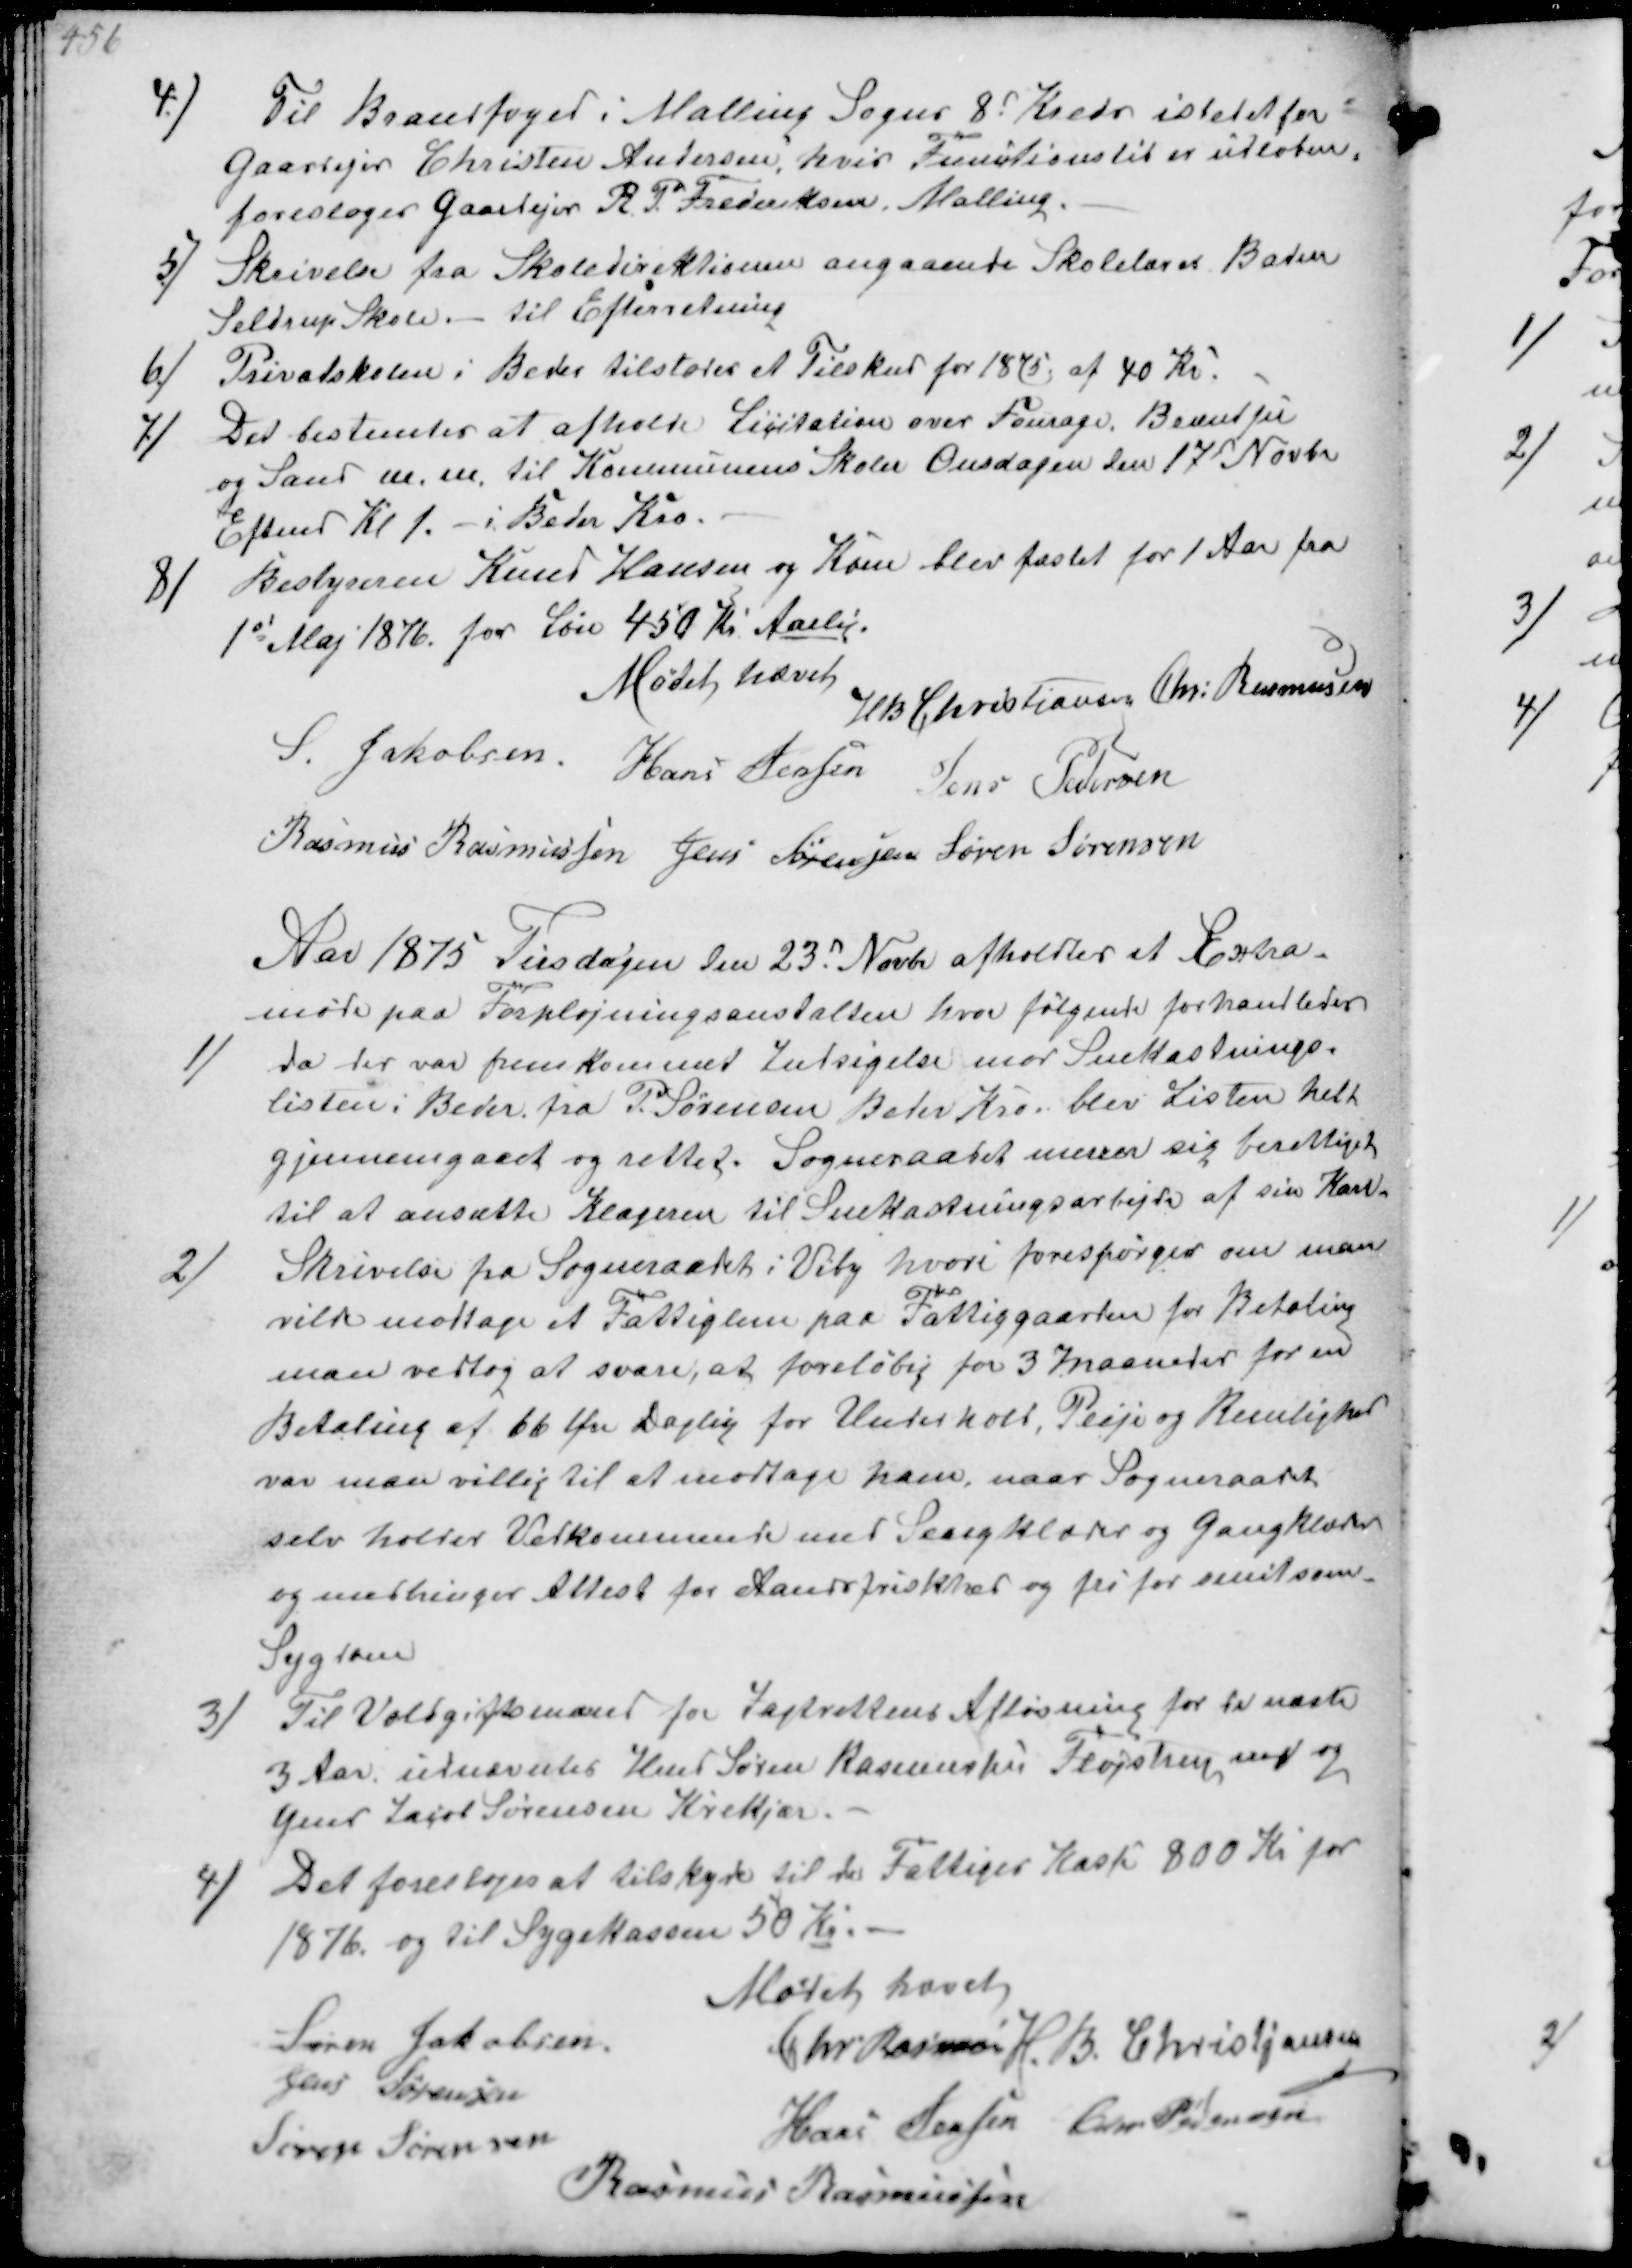
Transskription:
4/
Til Brandfoged i Malling Sogns 8d Kreds istedet for
Gaardejer Christen Andersen, hvis Funktionstid er udløben
foresloges Gaardejer R P Frederiksen, Malling.
5/
Skrivelse fra Skoledirektionen angaaende Skolelærer Baden
Seldrup Skole.- Til Efterretning
6/
Privatskolen i Beder tilstodes et Tilskud for 1875 af 40 Kr.
7/
Der bestemtes at afholde Licitation over Fourage. Brændsel
og Sand m.m. til Kommunens Skoler Onsdagen den 17d Novbr.
Eftmd Kl 1.- i Beder Kro.
8/
Bestyreren Knud Hansen og Kone blev fæstet for 1 Aar fra
1st Maj 1876 for Løn 430 Kr Aarlig.

Mødet hævet
H B Christiansen Chr Rasmussen
S Jakobsen Hans Jensen Jens Pedersen
Rasmus Rasmussen Jens Sørensen Søren Sørensen

Aar 1875 Tirsdagen den 23d Novbr afholdtes et Extra
møde paa Forplejningsanstalten hvor følgende forhandledes
1/
da der var fremkommet Indsigelse mod Snekastnings-
listen i Beder fra P. Sørensen, Beder Kro blev Listen helt
gjennemgaaet og rettet. Sogneraadet mener sig berettiget
til at ansætte Klageren til Snekastningsarbejde af sin Karl
2/
Skrivelse fra Sogneraadet i Viby hvori forespørges om man
vilde modtage et Fattiglem paa Fattiggaarden for Betaling
man vedtog at svare, at foreløbig for 3 Maaneder for en
Betaling af 66 Øre Daglig for Underhold, Pleje og Renlighed
var man villig til at modtage ham, naar Sogneraadet
selv holder Vedkommende med Sengklæder og Gangklæder
og medbringer Attest for Aandsfriskhed og fri for smitsom
Sygdom
3/
Til Voldgiftsmand for Jagtrettens Afløsning for de næste
3 Aar udnævntes Hmd Søren Rasmussen Fløjstrup ₻ og
Gmd Jacob Sørensen Krekjær.
4/
Det foresloges at tilskyde til de Fattiges Kasse 800 Kr for
1876 og til Sygekassen 50 Kr.

Mødet hævet
Søren Jakobsen
Chr Rasmussen H. B. Christjansen
Jens Sørensen
Hans Jenser Chr Sørensen
Søren Sørensen
Rasmus Rasmussen